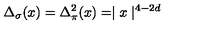
\Delta _ { \sigma } ( x ) = \Delta _ { \pi } ^ { 2 } ( x ) = \mid { x } \mid ^ { 4 - 2 d }